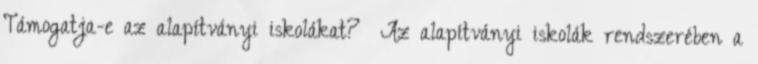
Támogatja-e az alapítványi iskolákat? Az alapítványi iskolák rendszerében a